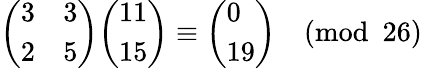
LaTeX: {\left(\begin{array}{ll}{3}&{3}\\ {2}&{5}\end{array}\right)}{\left(\begin{array}{l}{11}\\ {15}\end{array}\right)}\equiv{\left(\begin{array}{l}{0}\\ {19}\end{array}\right)}{\pmod{26}}